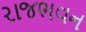
રાજભવન